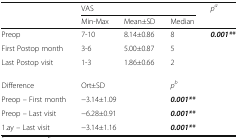
| <ROWSPAN=2>  | <COLSPAN=3> VAS | <ROWSPAN=2> pa |
 | Min-Max | Mean±SD | Median |
 | --- | --- | --- | --- | --- |
 | Preop | 7-10 | 8.14±0.86 | 8 | <ROWSPAN=3> 0.001** |
 | First Postop month | 3-6 | 5.00±0.87 | 5 |
 | Last Postop visit | 1-3 | 1.86±0.66 | 2 |
 | Difference | <COLSPAN=2> Ort±SD | pb | <ROWSPAN=4>  |
 | Preop – First month | <COLSPAN=2> −3.14±1.09 | 0.001** |
 | Preop – Last visit | <COLSPAN=2> −6.28±0.91 | 0.001** |
 | 1.ay – Last visit | <COLSPAN=2> −3.14±1.16 | 0.001** |